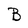
Character: B